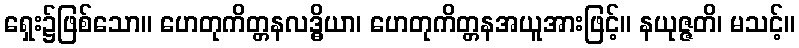
ရှေး၌ဖြစ်သော။ ဟေတုကိတ္တနလဒ္ဓိယာ၊ ဟေတုကိတ္တနအယူအားဖြင့်။ နယုဇ္ဇတိ၊ မသင့်။